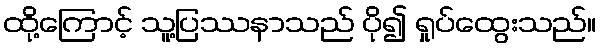
ထို့ကြောင့် သူ့ပြဿနာသည် ပို၍ ရှုပ်ထွေးသည်။